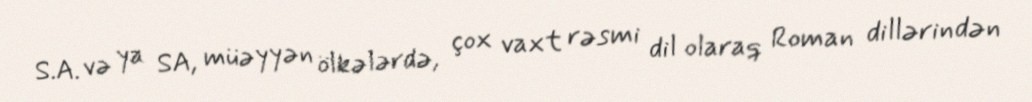
S.A. və ya SA, müəyyən ölkələrdə, çox vaxt rəsmi dil olaraq Roman dillərindən